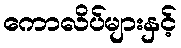
ကောလိပ်များနှင့်